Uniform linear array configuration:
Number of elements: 48
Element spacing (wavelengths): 0.25
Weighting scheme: kaiser
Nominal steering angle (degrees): -60
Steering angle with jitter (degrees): -61.451
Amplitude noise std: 0.05
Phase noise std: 0.05

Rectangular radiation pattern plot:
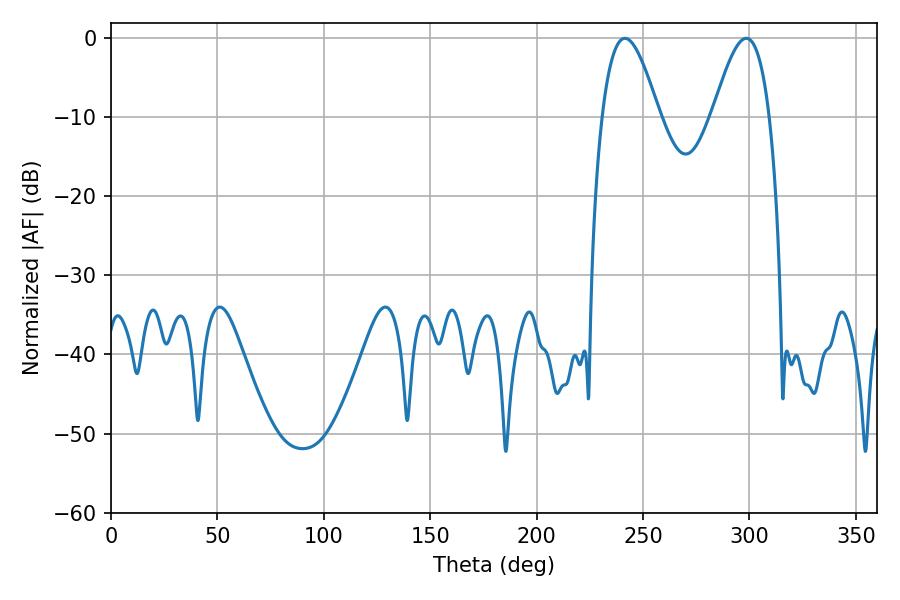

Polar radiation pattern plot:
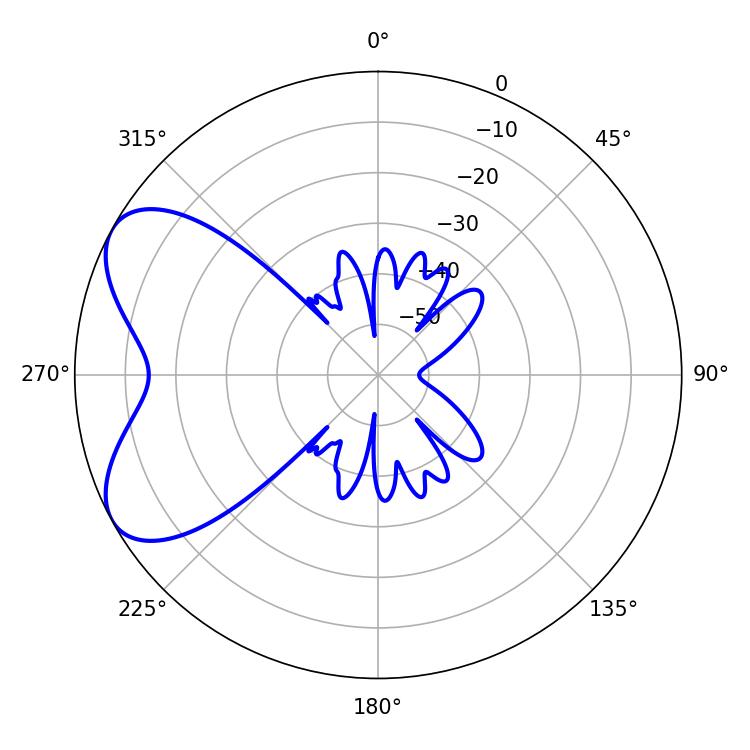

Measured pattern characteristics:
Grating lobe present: FALSE
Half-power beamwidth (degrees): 14.58
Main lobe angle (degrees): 241.56